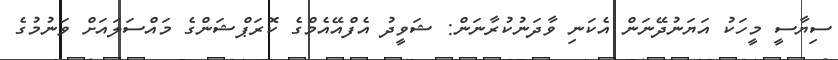
ސިޔާސީ މީހަކު އަޔަނުދޭނަން އެކަނި ވާދަނުކުރާނަން: ޝަވީދު އެފްއޭއެމްގެ ކޮރަޕްޝަންގެ މައްސަލައަށް ވަނުމުގެ